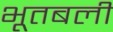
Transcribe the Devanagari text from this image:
भूतबली